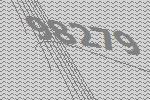
98279